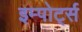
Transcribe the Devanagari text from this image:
इम्पोर्ट्स